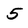
Character: 5